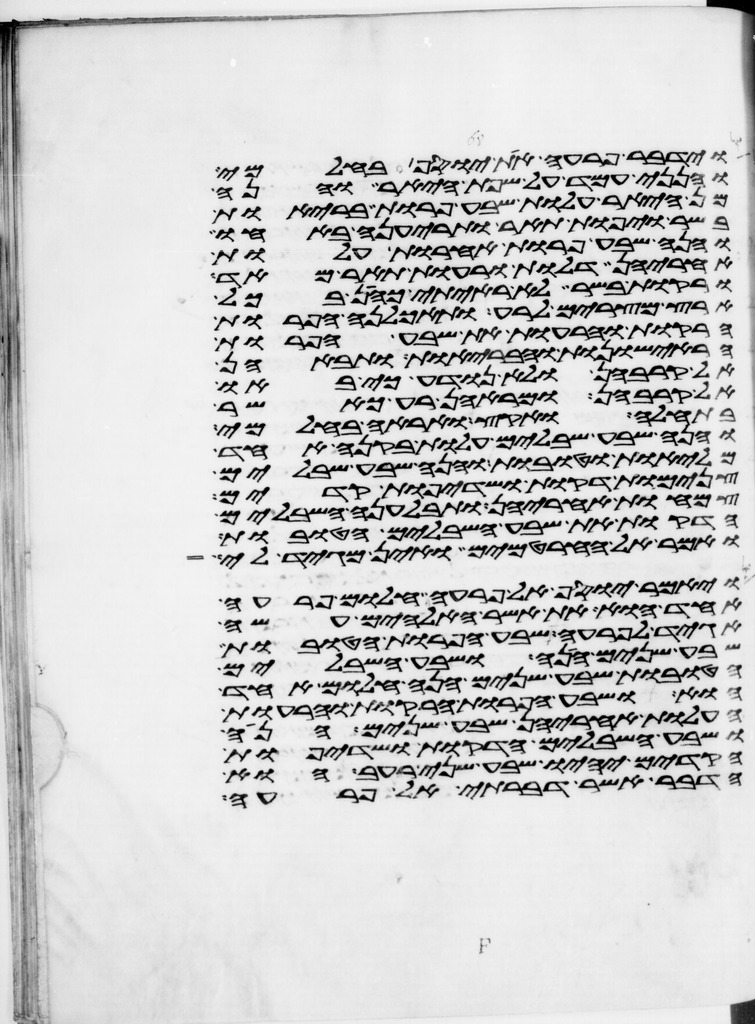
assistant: וידבר פרעה את יוסף בחלמי
והנני עמד על שפת היאר והנה
מן היאר עלות שבע פרות בריות
בשר ויפות תאר ותריענה באחו
והנה שבע פרות אחרות עלות
אחריהן דלות ורעות תאר מאד
ורקות בשר לא ראיתי כהן בכל
ארץ מצרים לרע ותאכלנה הפרות
הרקות והרעות את שבע הפרות
הראישונות והבריות ותבאנה
אל קרבהן ולא נודע כי באו
אל קרבהן ומראהן רע כאשר
בתחלה ואקץ ואראה בחלמי
והנה שבע שבלים עלות בקנה אחד
מליות וטובות והנה שבע שבלים
צנמות דקות ושדיפות קדים
צמחות אחריהן ותבלענה השבלים
הדקות את שבע השבלים הטובות
ואמר אל החרטמים ואין מגיד לי
ויאמר יוסף אל פרעה חלום פרעה
אחד הוא את אשר האלהים עשה
אגיד לפרעה שבע הפרות הטובות
שבע שנים הנה ושבע השבלים
הטובות שבע שנים הנה חלום אחד
הוא ושבע הפרות הרקות והרעות
העלות אחריהן שבע שנים הנה
ושבע השבלים הדקות ושדיפת
הקדים יהיו שבע שני רעב הוא
הדבר אשר דברתי אל פרעה